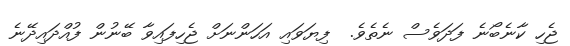
ޖެހި ކާނެބޯނެ ފަދަވެސް ނެތެވެ.  ފިޔަވައި އަހަންނަށް ޖެހިފައިވާ ބޭނުން ފުއްދައިދޭނެ